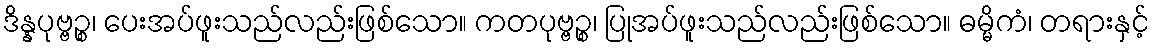
ဒိန္နပုဗ္ဗဉ္စ၊ ပေးအပ်ဖူးသည်လည်းဖြစ်သော။ ကတပုဗ္ဗဉ္စ၊ ပြုအပ်ဖူးသည်လည်းဖြစ်သော။ ဓမ္မိကံ၊ တရားနှင့်